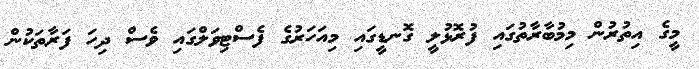
މީގެ އިތުރުން މިމުބާރާތުގައި ފުރޮޅުލީ ގޮނޑީގައި މިއަހަރުގެ ފެސްޓިވަލްގައި ވެސް ދިހަ ފަރާތަކުން